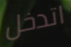
اتدخل